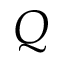
Q